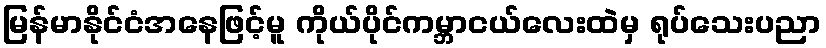
မြန်မာနိုင်ငံအနေဖြင့်မူ ကိုယ်ပိုင်ကမ္ဘာငယ်လေးထဲမှ ရုပ်သေးပညာ